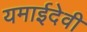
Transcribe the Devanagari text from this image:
यमाईदेवी